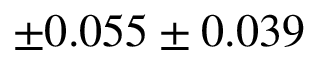
\pm 0 . 0 5 5 \pm 0 . 0 3 9